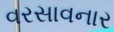
વરસાવનાર